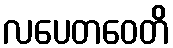
လပေတဝေတိ